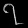
Digit: ၇